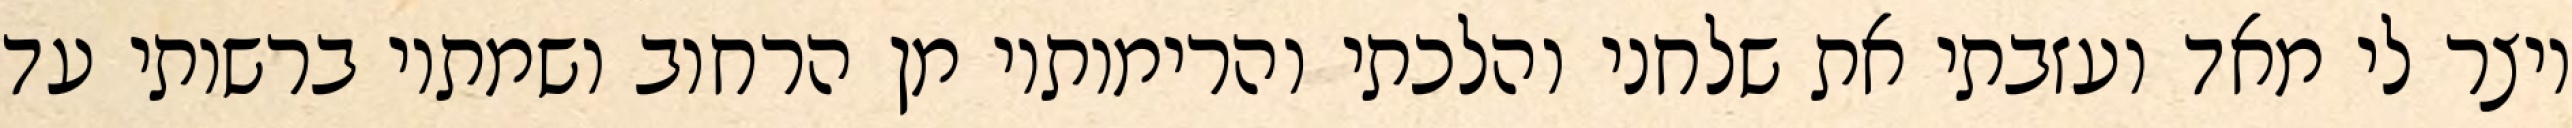
ויצר לי מאד ועזבתי את שלחני והלכתי והרימותיו מן הרחוב ושמתיו ברשותי עד